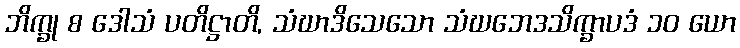
ဘိက္ခု စ ဒေါသံ ပတိဋ္ဌာတိ, သံဃာဒိသေသော သံဃဘေဒသိက္ခာပဒံ ၁၀ ယော